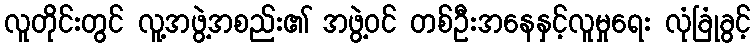
လူတိုင်းတွင် လူ့အဖွဲ့အစည်း၏ အဖွဲ့ဝင် တစ်ဦးအနေနှင့်လူမှုရေး လုံခြုံခွင့်